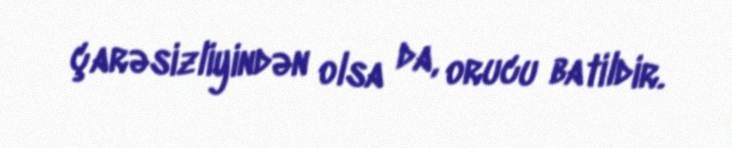
çarəsizliyindən olsa da, orucu batildir.